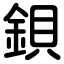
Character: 鋇